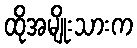
ထိုအမျိုးသားက